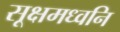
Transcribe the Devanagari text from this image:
सूक्षमध्वनि